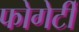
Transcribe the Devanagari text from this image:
फोगेर्टी